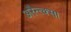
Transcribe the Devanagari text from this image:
अरैन्त्क्सा